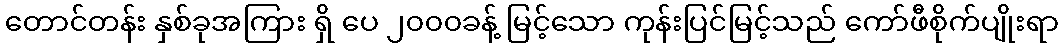
တောင်တန်း နှစ်ခုအကြား ရှိ ပေ ၂၀၀၀ခန့် မြင့်သော ကုန်းပြင်မြင့်သည် ကော်ဖီစိုက်ပျိုးရာ